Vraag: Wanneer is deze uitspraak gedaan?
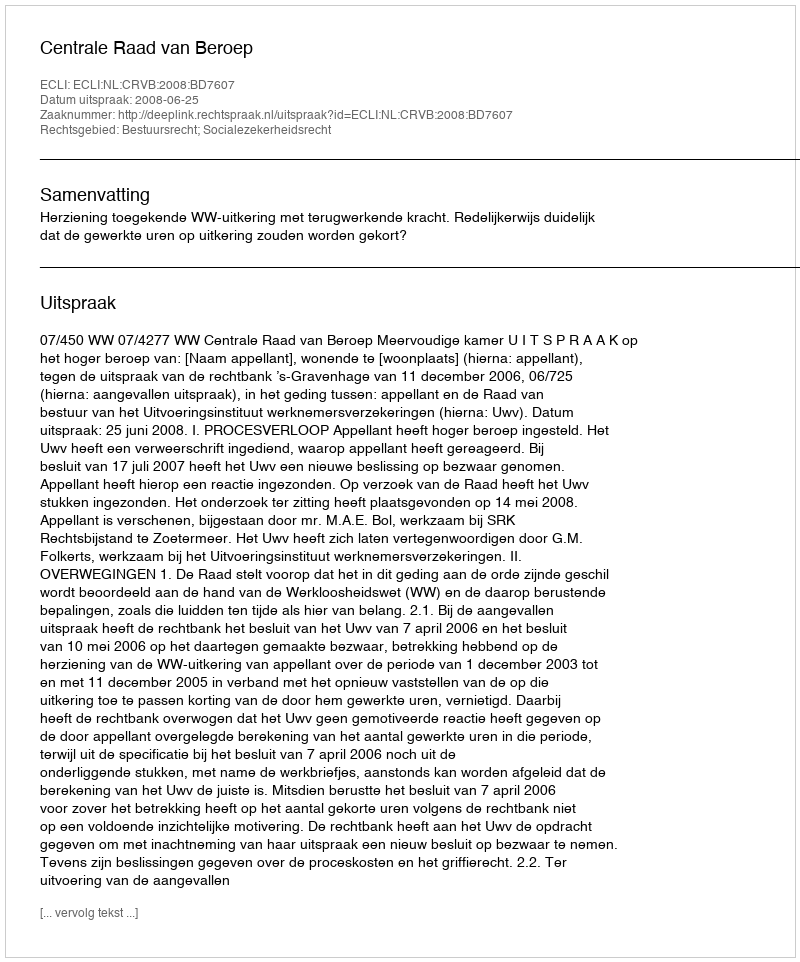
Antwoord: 2008-06-25